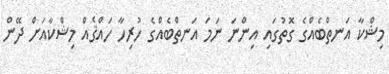
މިޝްކާ އަނތްބެއްގެ ގޮތުގައި އިންނަ ނަމަ އަނތްބެއްގެ ހުރިހާ ހައްޤެއް މިޝްކާއަށް ދޭން